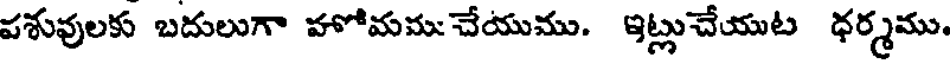
వశువులకు బదులుగా హోమము చేయుము. ఇట్లుచేయుట ధర్మము.